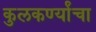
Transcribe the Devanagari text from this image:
कुलकर्ण्यांचा